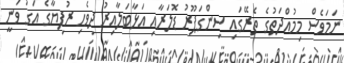
ނަމަވެސް މިމުއްދަތުގެ ތެރޭގައި ސިންގަޕޫރު ޑޮލަރާއި އަޅާބަލާއިރު ދިވެހި ރުފިޔާގެ އަގު ވަނީ